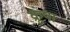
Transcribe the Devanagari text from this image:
क्रूषा